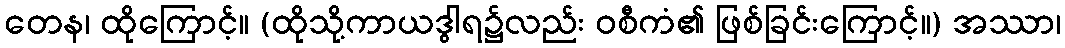
တေန၊ ထိုကြောင့်။ (ထိုသို့ကာယဒွါရ၌လည်း ဝစီကံ၏ ဖြစ်ခြင်းကြောင့်။) အဿာ၊